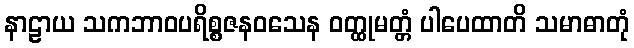
နာဠာယ သကဘာဝပရိစ္စဇနဝသေန ဝတ္ထုမတ္တံ ပါပေထာတိ သမာဓာတုံ